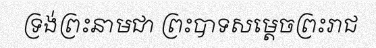
ទ្រង់ព្រះនាមជា ព្រះបាទសម្តេចព្រះរាជ